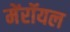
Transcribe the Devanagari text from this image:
मेंरॉयल